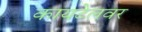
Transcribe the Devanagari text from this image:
कायटेलवर